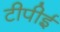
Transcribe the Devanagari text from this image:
टीपीई